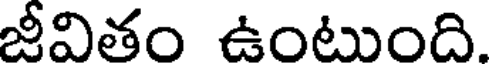
జీవితం ఉంటుంది.